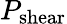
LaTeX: P_{\mathrm{shear}}